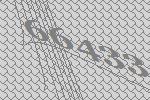
66433